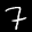
Label: 7